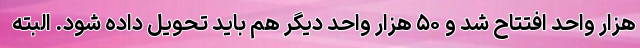
هزار واحد افتتاح شد و ۵۰ هزار واحد دیگر هم باید تحویل داده شود. البته